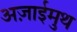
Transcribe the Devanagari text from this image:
अज़ाईमुथ